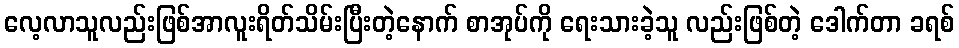
လေ့လာသူလည်းဖြစ်အာလူးရိတ်သိမ်းပြီးတဲ့နောက် စာအုပ်ကို ရေးသားခဲ့သူ လည်းဖြစ်တဲ့ ဒေါက်တာ ခရစ်